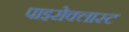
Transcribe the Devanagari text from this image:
पाइरोक्लास्ट